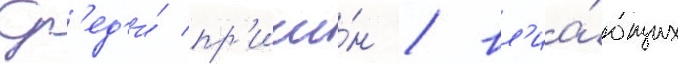
Ср'ед'и́ пр'ичи́н / вл'иа́ющих